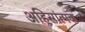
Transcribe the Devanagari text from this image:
अहिसांत्मक